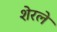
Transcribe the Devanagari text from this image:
शेरले